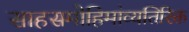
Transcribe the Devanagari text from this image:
साहसमोहिमांव्यतिरिक्त